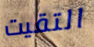
التقيت